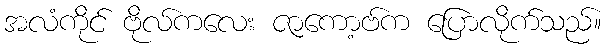
အလံကိုင် ဗိုလ်ကလေး ဇာကော့ဗ်က ပြောလိုက်သည်။